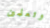
وتعلمين